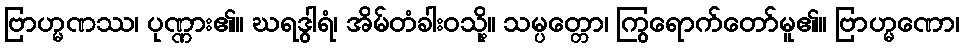
ဗြာဟ္မဏဿ၊ ပုဏ္ဏား၏။ ဃရဒွါရံ၊ အိမ်တံခါးဝသို့။ သမ္ပတ္တော၊ ကြွရောက်တော်မူ၏။ ဗြာဟ္မဏော၊